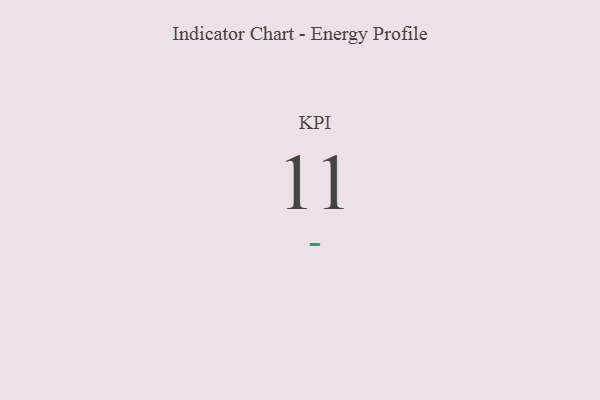
{"axis": {"x": "KPI", "y": "Value"}, "legend": [""], "data": [{"x": "KPI", "y": 11, "type": ""}]}